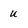
Character: U